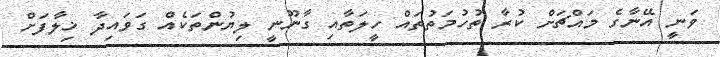
ވަނީ އޭނާގެ މައްޗަށް ކުރާ ތުހުމަތުތައް ހީލަތާއި ގާނޫނީ ލިޔުންތަކެއް ގަވައިދާ ޚިލާފަށް